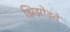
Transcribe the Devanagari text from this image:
झिझोड़ते